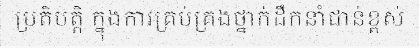
ប្រតិបត្តិ ក្នុងការគ្រប់គ្រងថ្នាក់ដឹកនាំជាន់ខ្ពស់